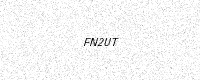
Text: FN2UT